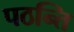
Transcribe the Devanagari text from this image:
पठन्ति